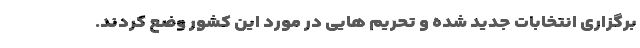
برگزاری انتخابات جدید شده و تحریم هایی در مورد این کشور وضع کردند.